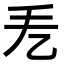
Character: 𢩥